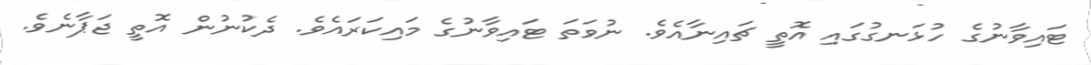
ޓައިވާނުގެ ހުޅަނގުގައި އޮތީ ޗައިނާއެވެ. ނުވަތަ ޓައިވާނުގެ މައިކަރައެވެ. ދެކުނުން އޮތީ ޖަޕާނެވެ.